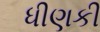
ધીણકી